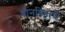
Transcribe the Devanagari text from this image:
बोनबिहारी